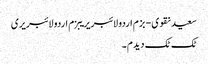
سعید نقوی - بزم اردو لائبریریبزم اردو لائبریری
ٹک ٹک دیدم ۔